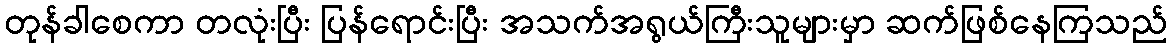
တုန်ခါစေကာ တလုံးပြီး ပြန်ရောင်းပြီး အသက်အရွယ်ကြီးသူများမှာ ဆက်ဖြစ်နေကြသည်